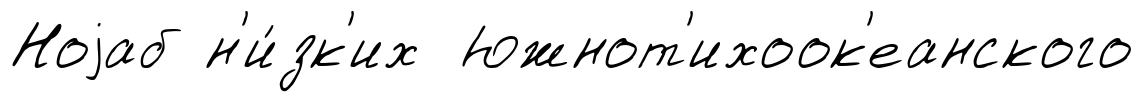
Ноjаб н'и́зк'их Южнот'ихоок'еанского